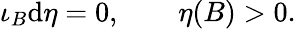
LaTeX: \iota_{B}\mathrm{d}\eta=0,\qquad\eta(B)>0.